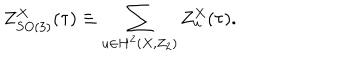
Z _ { S O ( 3 ) } ^ { X } ( \tau ) \equiv \sum _ { u \in H ^ { 2 } ( X , Z _ { 2 } ) } Z _ { u } ^ { X } ( \tau ) .